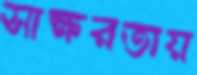
সাক্ষরতায়